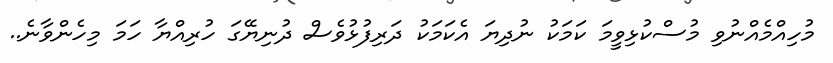
މުހިއްމެއްނުވި މުސްކުޅިވީމަ ކަމަކު ނުދިޔަ އެކަމަކު ދަރިފުޅުވެސް ދުނިޔޭގަ ހުރިއްޔާ ހަމަ މިހެންވާނެ..